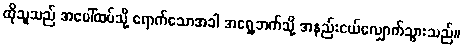
ထိုသူသည် အပေါ်ထပ်သို့ ရောက်သောအခါ အရှေ့ဘက်သို့ အနည်းငယ်လျှောက်သွားသည်။